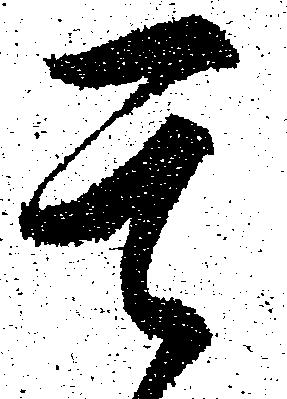
其